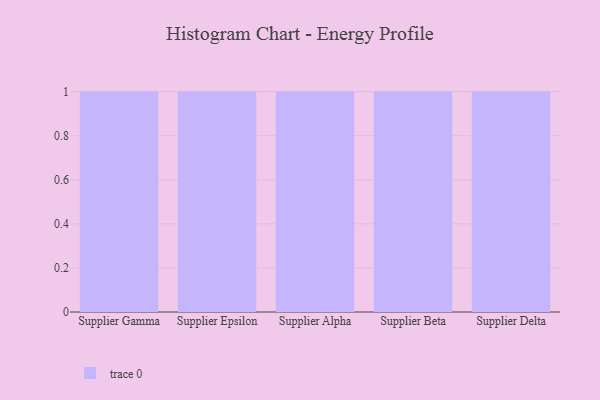
{"axis": {"x": "Supplier", "y": "Net Income (USD K)"}, "legend": [""], "data": [{"x": "Supplier Gamma", "y": 5, "type": ""}, {"x": "Supplier Epsilon", "y": 71, "type": ""}, {"x": "Supplier Alpha", "y": 1, "type": ""}, {"x": "Supplier Beta", "y": 8, "type": ""}, {"x": "Supplier Delta", "y": 41, "type": ""}]}